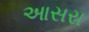
આસરા